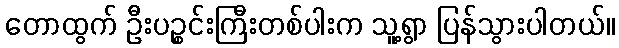
တောထွက် ဦးပဉ္စင်းကြီးတစ်ပါးက သူ့ရွာ ပြန်သွားပါတယ်။